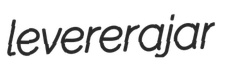
leverer ajar